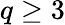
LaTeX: q\geq 3